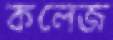
কলেজ